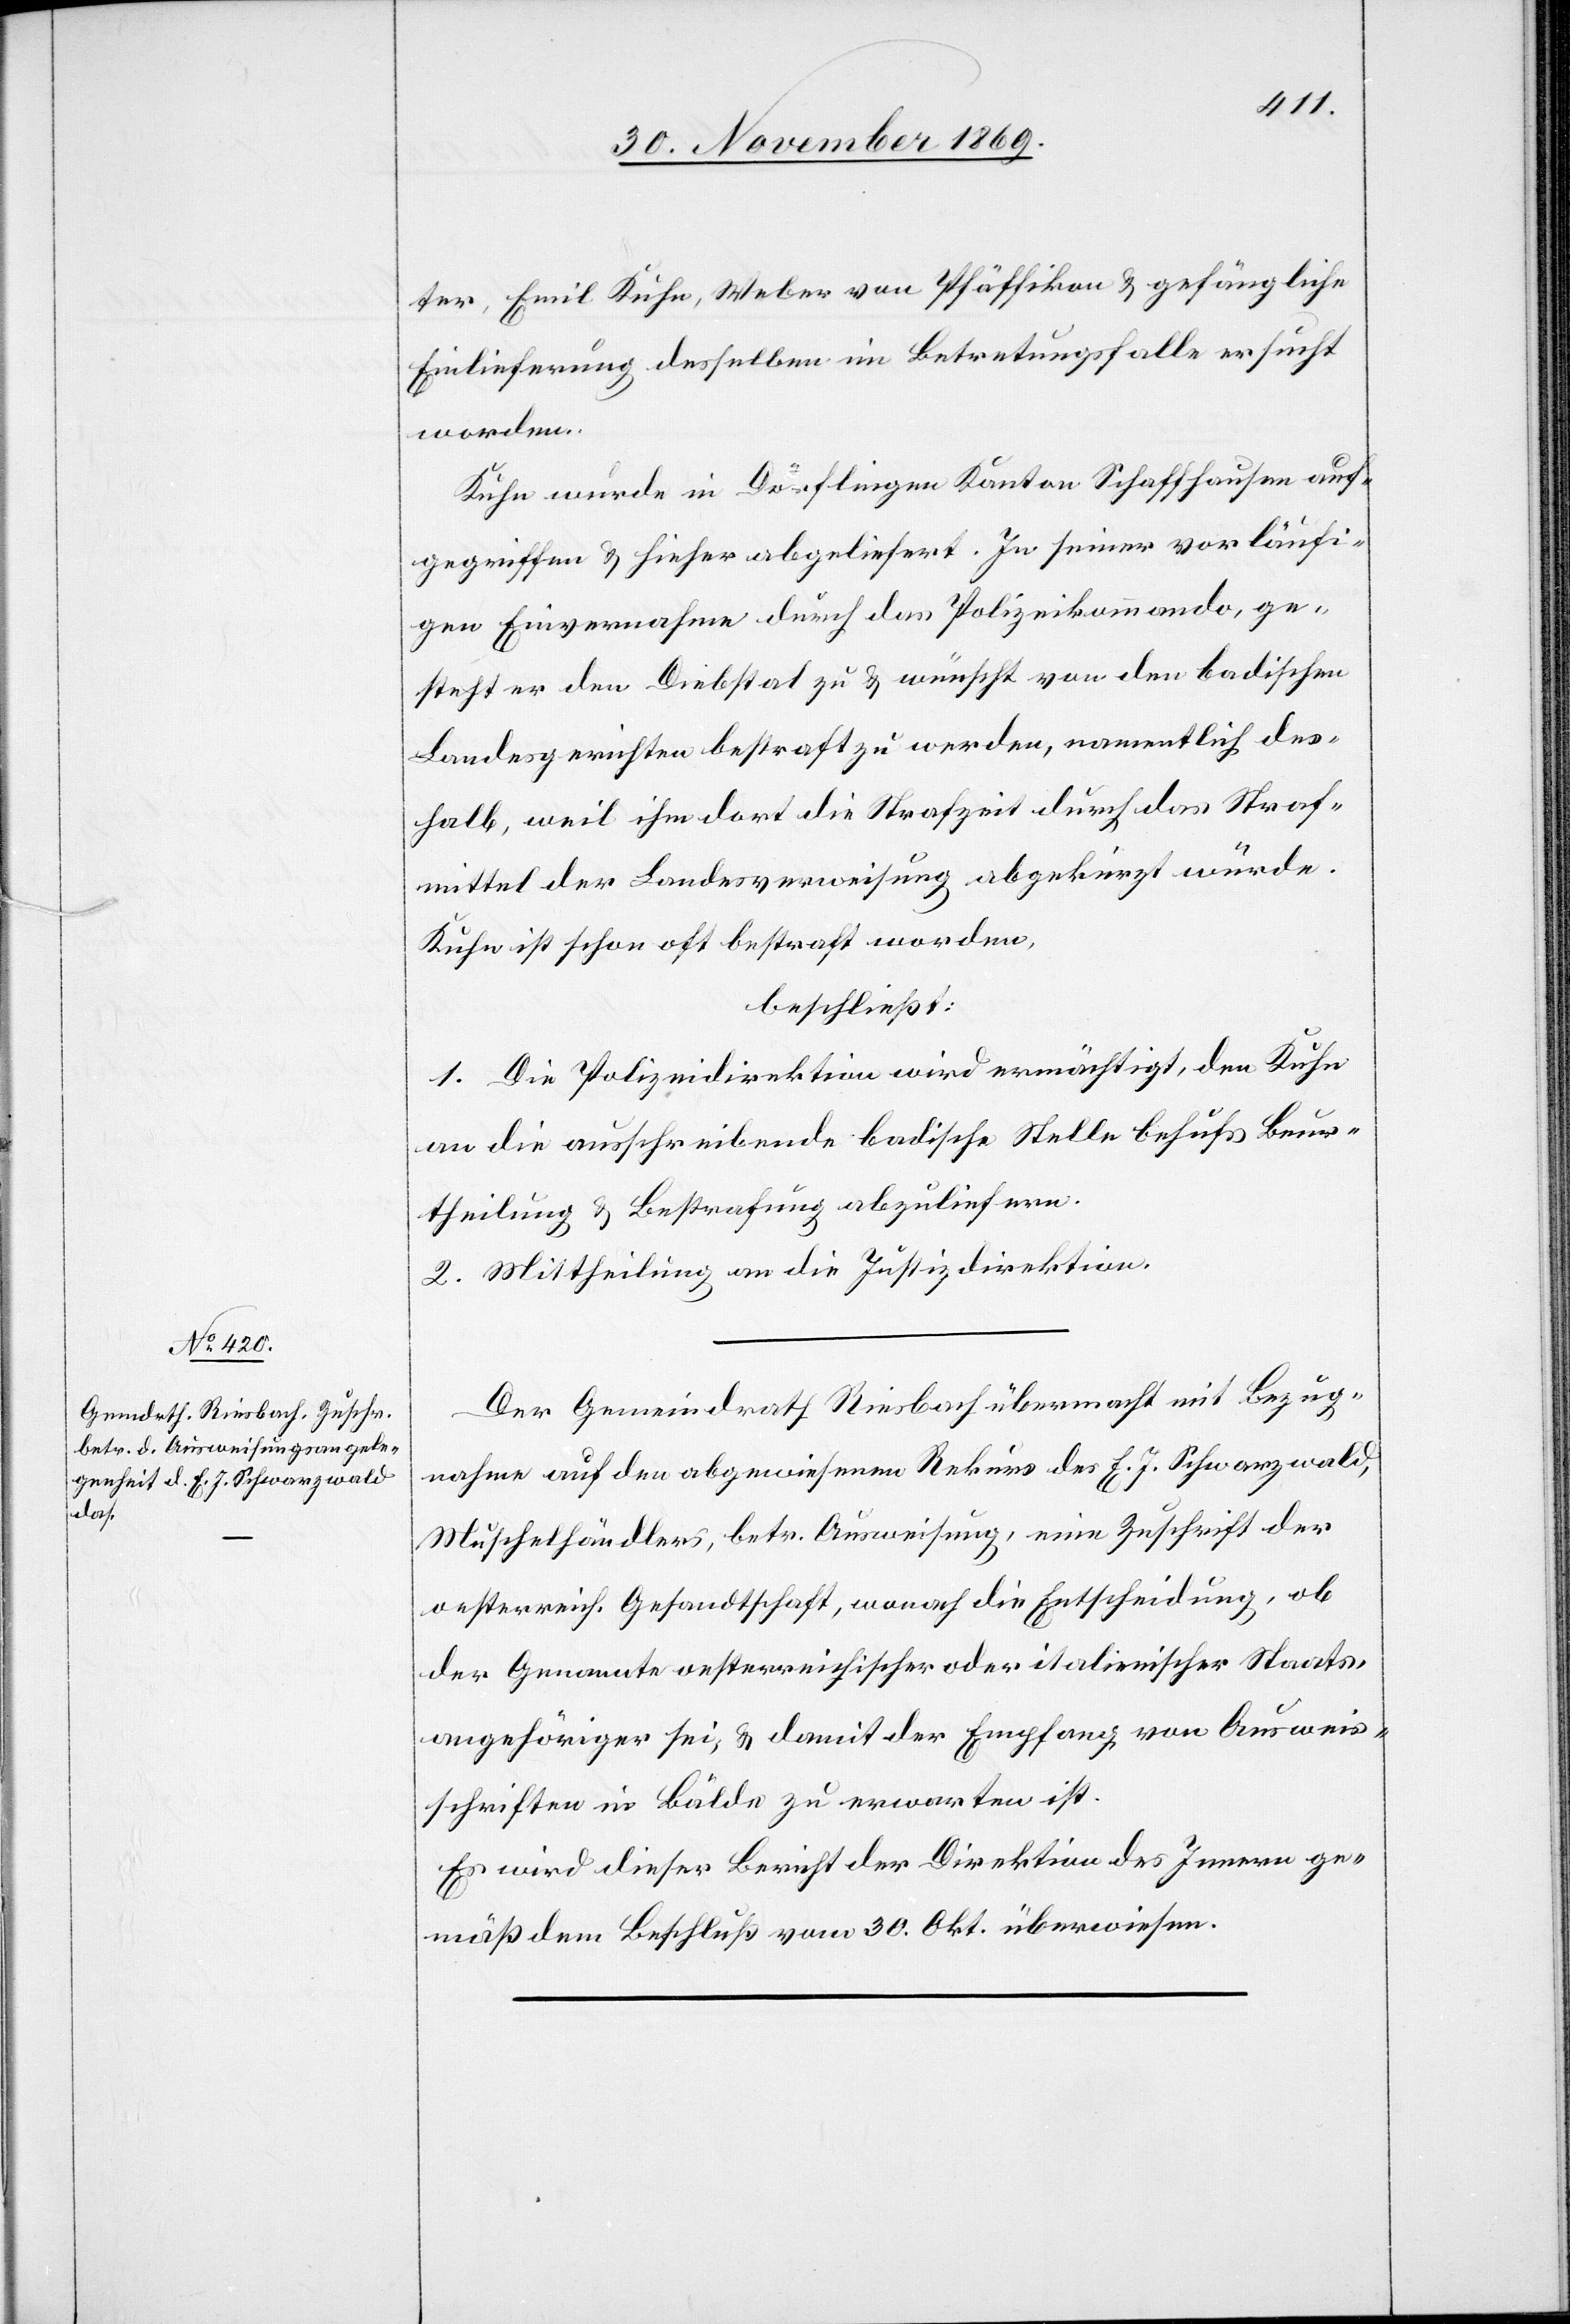
3. December 1869.]
ter, Emil Kuhn, Weber von Pfäffikon & gefängliche
Einlieferung desselben im Betretungsfalle ersucht
worden.
Kuhn wurde in Dörflingen Kanton Schaffhausen auf¬
gegriffen & hieher abgeliefert. In seiner vorläufi¬
gen Einvernahme durch das Polizeikommando, ge¬
steht er den Diebstal zu & wünscht von den badischen
Landesgerichten bestraft zu werden, namentlich des¬
halb, weil ihm dort die Strafzeit durch das Straf¬
mittel der Landesverweisung abgekürzt würde.
Kuhn ist schon oft bestraft worden.
beschließt:
1. Die Polizeidirektion wird ermächtigt, den Kuhn
an die ausschreibende badische Stelle behufs Beur¬
theilung & Bestrafung abzuliefern.
2. Mittheilung an die Justizdirektion.
Der Gemeindrath Riesbach übermacht mit Bezug¬
nahme auf den abgewiesenen Rekurs des E. J. Schwarzwald,
Muschelhändlers, betr. Ausweisung, eine Zuschrift der
oesterreich. Gesandtschaft, wonach die Entscheidung, ob
der Genannte oesterreichischer oder italienischer Staats¬
angehöriger sei, & damit der Empfang von Ausweis¬
schriften in Bälde zu erwarten ist.
Es wird dieser Bericht der Direktion des Innern ge¬
mäß dem Beschluß vom 30. Okt. überwiesen.